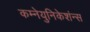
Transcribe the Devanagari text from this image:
कम्नेयुनिकेशंन्स